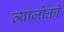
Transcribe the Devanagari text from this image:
व्याजोक्ती